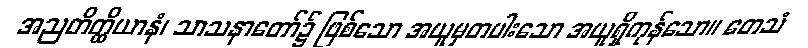
အညတိတ္ထိယာနံ၊ သာသနာတော်၌ ဖြစ်သော အယူမှတပါးသော အယူရှိကုန်သော။ တေသံ